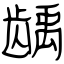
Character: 龋